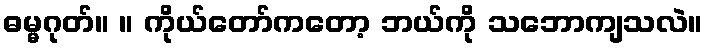
ဓမ္မဂုတ်။ ။ ကိုယ်တော်ကတော့ ဘယ်ကို သဘောကျသလဲ။